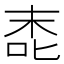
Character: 唜